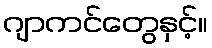
ဂျာကင်တွေနှင့်။